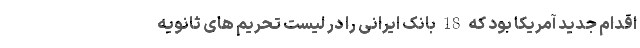
اقدام جدید آمریکا بود که 18 بانک ایرانی را در لیست تحریم های ثانویه